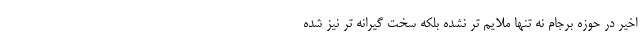
اخیر در حوزه برجام نه تنها ملایم تر نشده بلکه سخت گیرانه تر نیز شده